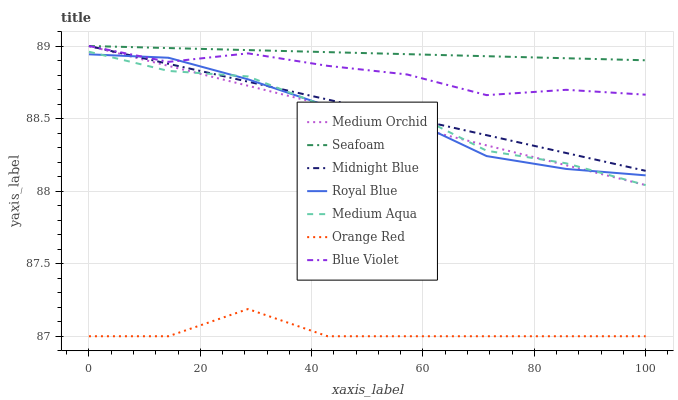
| xaxis_label | Medium Orchid | Seafoam | Midnight Blue | Royal Blue | Medium Aqua | Orange Red | Blue Violet |
 | --- | --- | --- | --- | --- | --- | --- | --- |
 | 0 | 89 | 89 | 89 | 88.9 | 89 | 87 | 89 |
 | 14.3 | 88.9 | 89 | 88.9 | 88.9 | 88.8 | 87 | 88.9 |
 | 28.6 | 88.7 | 89 | 88.8 | 88.8 | 88.8 | 87.2 | 88.9 |
 | 42.9 | 88.6 | 89 | 88.6 | 88.6 | 88.6 | 87 | 88.9 |
 | 57.1 | 88.5 | 88.9 | 88.5 | 88.5 | 88.6 | 87 | 88.8 |
 | 71.4 | 88.3 | 88.9 | 88.4 | 88.2 | 88.3 | 87 | 88.7 |
 | 85.7 | 88.2 | 88.9 | 88.3 | 88.2 | 88.2 | 87 | 88.7 |
 | 100 | 88 | 88.9 | 88.1 | 88.1 | 88 | 87 | 88.7 |